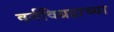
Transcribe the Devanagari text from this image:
वर्गविग्रहाच्या